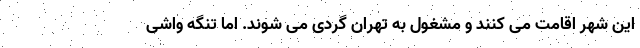
این شهر اقامت می کنند و مشغول به تهران گردی می شوند. اما تنگه واشی